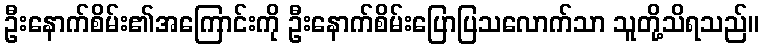
ဦးနောက်စိမ်း၏အကြောင်းကို ဦးနောက်စိမ်းပြောပြသလောက်သာ သူတို့သိရသည်။